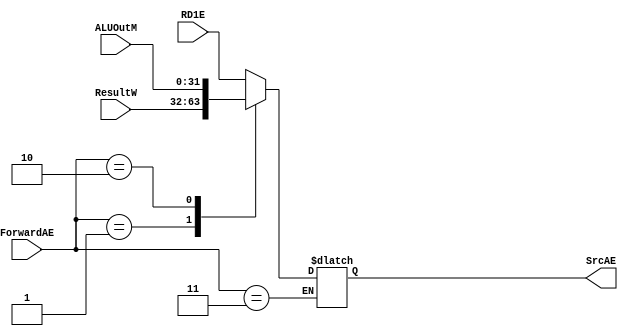
`timescale 1ns / 1ps
//////////////////////////////////////////////////////////////////////////////////
// Company: 
// Engineer: 
// 
// Design Name: 
// Module Name:    mux_ForwardAE 
// Project Name: 
// Target Devices: 
// Tool versions: 
// Description: 
//
// Dependencies: 
//
// Revision: 
// Revision 0.01 - File Created
// Additional Comments: 
//
//////////////////////////////////////////////////////////////////////////////////
module mux_ForwardAE(
	input wire [31:0]RD1E,
	input wire [31:0]ResultW,
	input wire [31:0]ALUOutM,
	input wire [1:0]ForwardAE,
	output reg [31:0]SrcAE
);
	 
	 always@(*)
	 begin
		 case(ForwardAE)
			 2'b 00: SrcAE <= RD1E;
			 2'b 01: SrcAE <= ResultW;
			 2'b 10: SrcAE <= ALUOutM;
			 2'b 11: SrcAE <= SrcAE;
		 endcase
	 end


endmodule